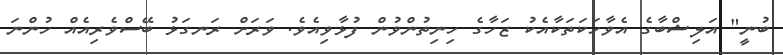
ބުނީ" އަލިޝްބާގެ އެވާހަކަތަކާއެކު ޒަހާގެ ހިނިތުންވުން ފުޅާވިއެވެ. ވަރަށް ރަނގަޅު ބޭސްވެރިއެއް ހުންނަ